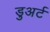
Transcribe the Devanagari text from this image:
डुअर्ट